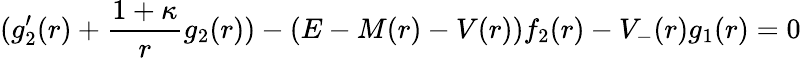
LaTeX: (g_{2}^{\prime}(r)+\frac{1+\kappa}{r}g_{2}(r))-(E-M(r)-V(r))f_{2}(r)-V_{-}(r)g_{1}(r)=0